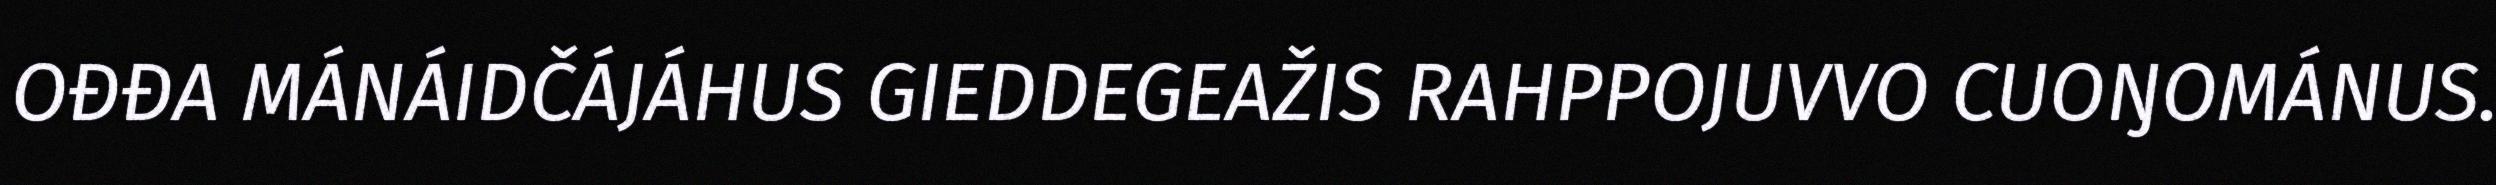
OĐĐA MÁNÁIDČÁJÁHUS GIEDDEGEAŽIS RAHPPOJUVVO CUOŊOMÁNUS.